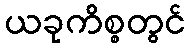
ယခုကိစ္စတွင်